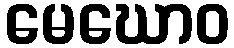
မေဃောဝ